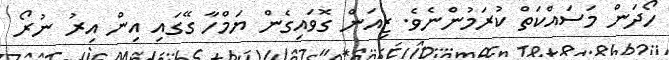
ހޯދަން މަސައްކަތް ކުރަމުންނެވެ. ޒިއަން ގޮވައިގެން ޔަމްހާ ގޭގައި އިން އިރު ނުރޯ